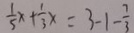
\frac { 1 } { 5 } x + \frac { 1 } { 3 } x = 3 - 1 - \frac { 7 } { 3 }